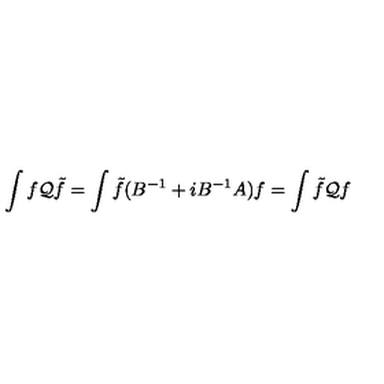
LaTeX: \int f { \cal Q } \tilde { f } = \int \tilde { f } ( B ^ { - 1 } + i B ^ { - 1 } A ) f = \int \tilde { f } { \cal Q } f